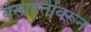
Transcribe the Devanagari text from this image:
वसाहतींवरून